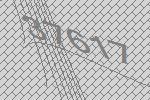
37617